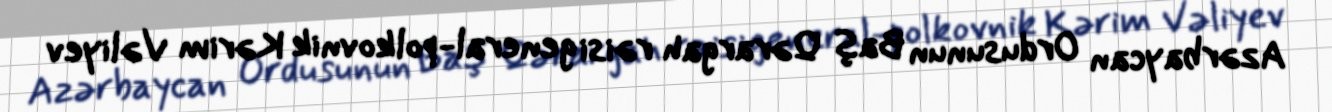
Azərbaycan Ordusunun Baş Qərargah rəisi general-polkovnik Kərim Vəliyev